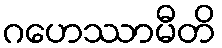
ဂဟေဿာမီတိ